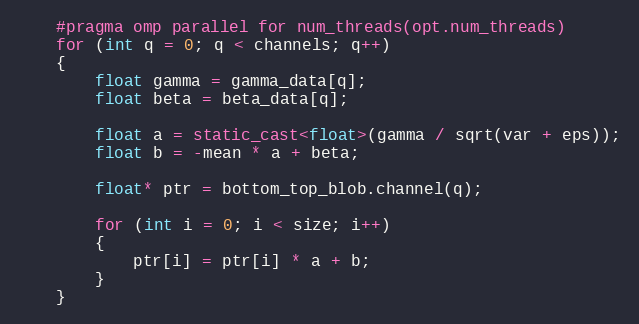
Language: C++
    #pragma omp parallel for num_threads(opt.num_threads)
    for (int q = 0; q < channels; q++)
    {
        float gamma = gamma_data[q];
        float beta = beta_data[q];

        float a = static_cast<float>(gamma / sqrt(var + eps));
        float b = -mean * a + beta;

        float* ptr = bottom_top_blob.channel(q);

        for (int i = 0; i < size; i++)
        {
            ptr[i] = ptr[i] * a + b;
        }
    }